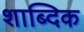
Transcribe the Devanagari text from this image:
शाब्दिक